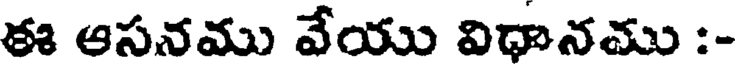
ఈ ఆసనము వేయు విధానము :-